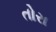
તોરા